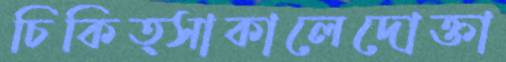
চিকিত্সাকালেদোক্‌তা